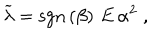
\widetilde { \lambda } = \mathrm { s g n } \left( \beta \right) \, E \, \alpha ^ { 2 } \; ,